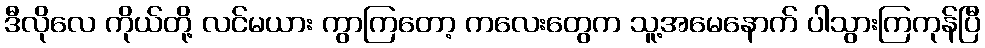
ဒီလိုလေ ကိုယ်တို့ လင်မယား ကွာကြတော့ ကလေးတွေက သူ့အမေနောက် ပါသွားကြကုန်ပြီ